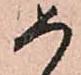
如